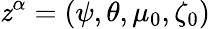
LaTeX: \mathit{z}^{\alpha}=(\psi,\theta,\mu_{0},\zeta_{0})